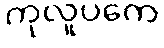
ကုလူပကေ